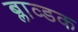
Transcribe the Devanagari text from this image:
ब्लाव्डक